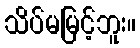
သိပ်မမြင့်ဘူး။